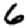
Digit: 6